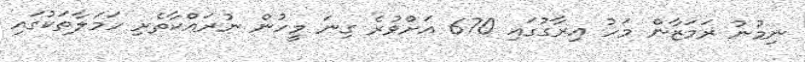
ނިމުނު ރަމަޒާން މަހު އިރާގުގައި 670 އަށްވުރެ ގިނަ މީހުން ނުރައްކާތެރި ހަމަލާތަކުގައި